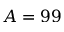
A = 9 9